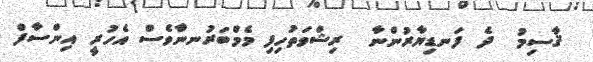
ޤާސިމު  ދެ ފަނޑިޔާރުންނާ  ރިޝްވަތުހިފި މެމްބަރުނނާްވެސް އެހުރީ އިންސާފް